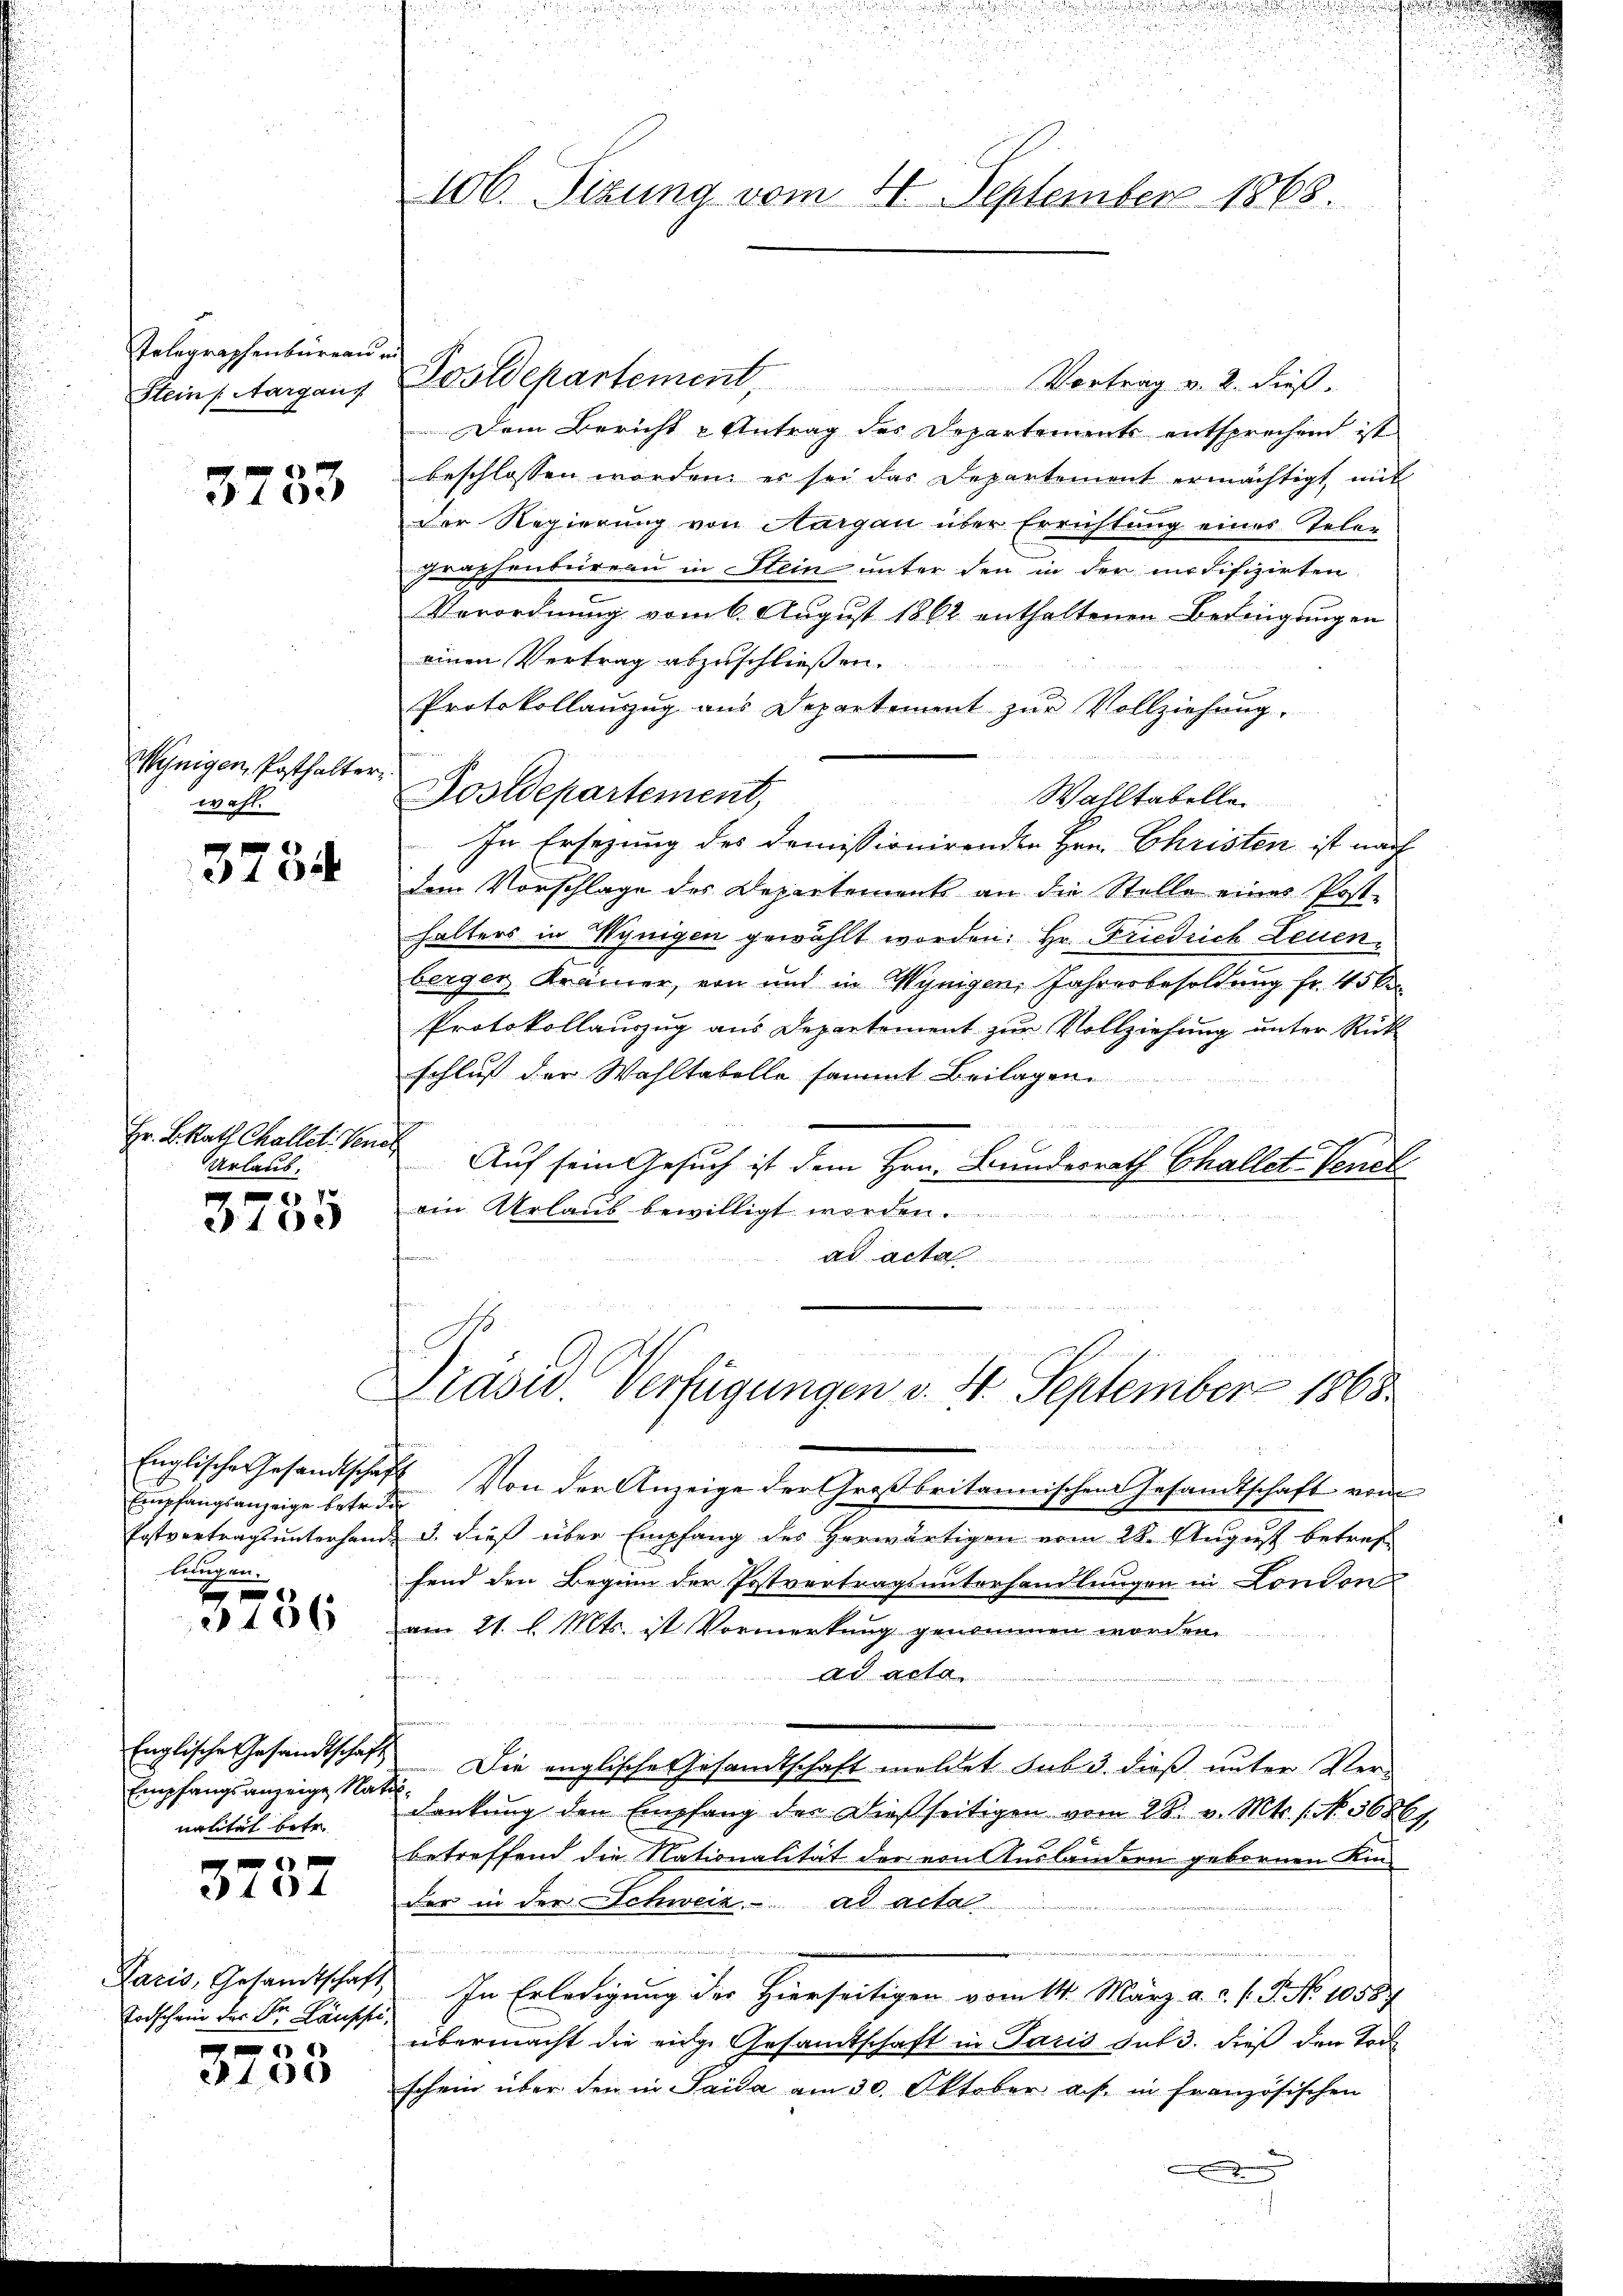
Telegraphenbüreau in
Stein Aargaus

3733

Wynigen, Posthalter
wahl.

3734

Hr. B. Rath Challet: Vener
Urlaub.

20
100

Englische Gesandtschaf
Empfangsanzeige betr. de
Ertvertrags unterhandlungen.

e
3236

Englische Gesandtschaft
Empfangsanzeige Nati
nalität betr.

104

e
Paris, Gesandtschaft
Todschein der Dr. Lausche,
9

100

52
106. Sizung vom 21. September 1868.

Postdepartement, Vortrag v. 2. dieß.
Dem Bericht u Antrag des Departements entsprechend ist
beschlossen worden, er sei das Departement ermächtigt mit
Der Regierung von Aargau über Errichtung eines Telen
graphenbureau in Stein unter den in der modifizirten
Verordnung vom 6. August 1862 enthaltenen Bedingungen
einen Vertrag abzuschließen.
Protokollauszug aus Departement zur Vollziehung.
Wahltabelle
In Ersezung des demissionirenden Hrn. Christen ist nach
dem Vorschlage des Departements an die Stelle eines Post-
halters in Wynigen gewählt worden: Hr. Friedrich Leuen
berger Krämer, von und in Wynigen, Jahresbesoldung fr. 45 x
Protokollauszug aus Departement zur Vollziehung unter Rück
schluß der Wahltabelle sammt Beilagen.
Auf sein Gesuch ist dem Hrn. Bundesrath Challet Venet
ein Urlaub bewilligt worden.
ad acta
Llasie Verfügungen v. 4. September 1868.
4. Von der Anzeige der Großbritannischen Gesandtschaft vom
3. dieß über Empfang des Herwärtigen vom 28. August betref
fend den Beginn der Postvertragsunterhandlungen in London
am 21. l. Mts. ist Vormerkung genommen worden.
ad acta
 Die englische Gesandtschaft meldet sub 3. dieß unter Ver-
dankung den Empfang der dießseitigen vom 28. v. Mts. 1. No. 3686.
betreffend die Nationalität der von Auslandern gebornen Kinder in der Schweiz. ad acta
 2 ten
In Erledigung der Hierseitigen vom 14. März a. c. s. S. No 1058
übermacht die eine Gesamtschaft in Paris sub 3. dieß den Tode
schein über den in Saida am 30. Oktober auf in französischen

Postdepartement,